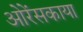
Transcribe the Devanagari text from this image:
ओरेंसकाया